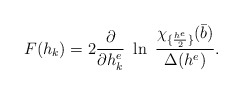
\begin{align*}F(h_k)=2{\partial \over \partial h^e_k}~\ln\ {\chi_{\{{h^e\over2}\}}({\bar b})\over \Delta(h^e)}.\end{align*}